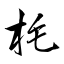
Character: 枆